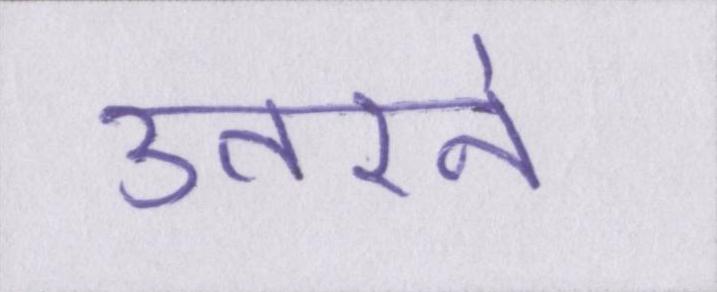
उतरने